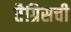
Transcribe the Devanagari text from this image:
तैग्रिसची